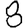
Digit: 8